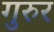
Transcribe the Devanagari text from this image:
गुरुर